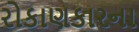
રોકાણકારના